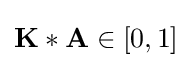
\mathbf {K} *\mathbf {A} \in [0,1]